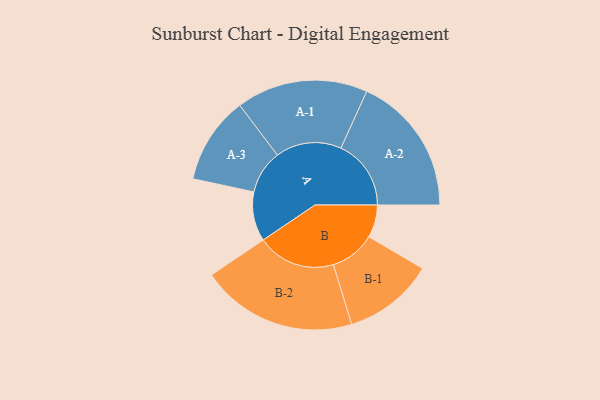
{"axis": {"x": "Segment", "y": "Value"}, "legend": ["", "A", "B"], "data": [{"x": "A", "y": 183, "type": ""}, {"x": "B", "y": 121, "type": ""}, {"x": "A-1", "y": 244, "type": "A"}, {"x": "A-2", "y": 260, "type": "A"}, {"x": "A-3", "y": 162, "type": "A"}, {"x": "B-1", "y": 168, "type": "B"}, {"x": "B-2", "y": 290, "type": "B"}]}